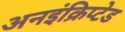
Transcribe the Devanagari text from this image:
अनइंक्रिप्टेड